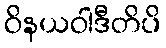
ဝိနယဝါဒီတိပိ